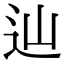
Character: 辿